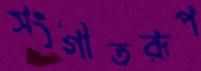
সংগীতরূপ